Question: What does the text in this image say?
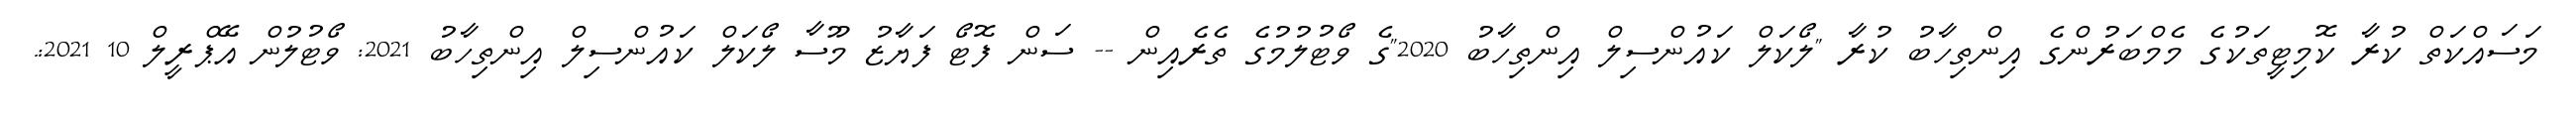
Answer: މަސައްކަތް ކުރާ ކޮމިޓީތަކުގެ މެމްބަރުންގެ އިންތިހާބު ކުރާ "ލޯކަލް ކައުންސިލް އިންތިހާބު 2020"ގެ ވޯޓުލުމުގެ ތެރެއިން -- ސަން ފޮޓޯ ފަޔާޒު މޫސާ ލޯކަލް ކައުންސިލް އިންތިހާބު 2021: ވޯޓުލުން އޭޕްރީލް 10 2021:.